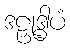
ဒဠှုဒ္ဓါပံ